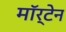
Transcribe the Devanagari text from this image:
मॉर्टेन